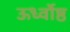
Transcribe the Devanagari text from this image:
ऊर्ध्वोष्ठ